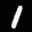
Label: 1